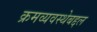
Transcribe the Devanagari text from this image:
क्रमव्यवस्थेबद्दल